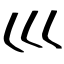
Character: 巛